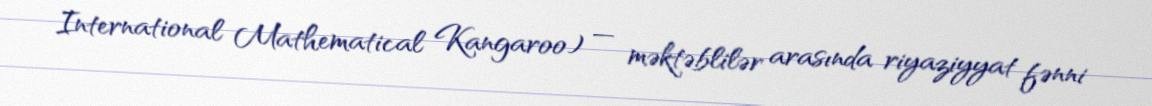
International Mathematical Kangaroo) — məktəblilər arasında riyaziyyat fənni